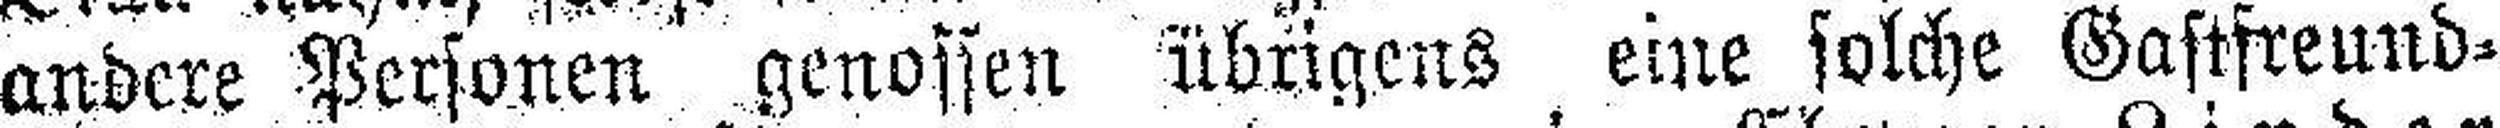
andere Personen genossen übrigens eine solche Gastfreund¬